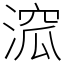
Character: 溛